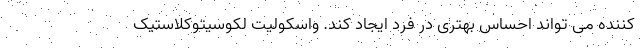
کننده می تواند احساس بهتری در فرد ایجاد کند. واسکولیت لکوسیتوکلاستیک